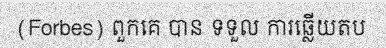
(Forbes) ពួកគេ បាន ទទួល ការឆ្លើយតប